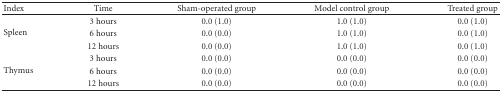
| Index | Time | Sham-operated group | Model control group | Treated group |
 | --- | --- | --- | --- | --- |
 | <ROWSPAN=3> Spleen | 3 hours | 0.0 (1.0) | 1.0 (1.0) | 0.0 (1.0) |
 | 6 hours | 0.0 (0.0) | 1.0 (1.0) | 0.0 (1.0) |
 | 12 hours | 0.0 (0.0) | 1.0 (1.0) | 0.0 (1.0) |
 | <ROWSPAN=3> Thymus | 3 hours | 0.0 (0.0) | 0.0 (0.0) | 0.0 (0.0) |
 | 6 hours | 0.0 (0.0) | 0.0 (0.0) | 0.0 (0.0) |
 | 12 hours | 0.0 (0.0) | 0.0 (0.0) | 0.0 (0.0) |